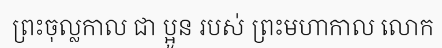
ព្រះចុល្លកាល ជា ប្អូន របស់ ព្រះមហាកាល លោក